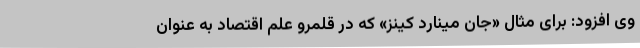
وی افزود: برای مثال «جان مینارد کینز» که در قلمرو علم اقتصاد به عنوان